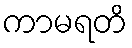
ကာမရတိ